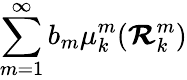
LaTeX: \sum_{m=1}^{\infty}b_{m}\mu_{k}^{m}(\boldsymbol{\mathcal{R}}_{k}^{m})